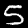
Digit: 5